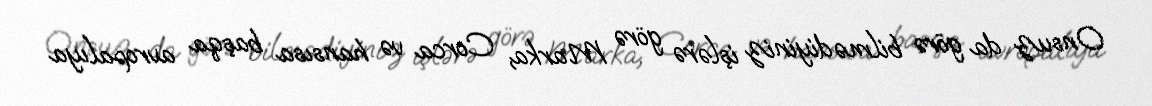
Onsuz da görə bilmədiyiniz işlərə görə Marka, Corca və hansısa başqa avropalıya